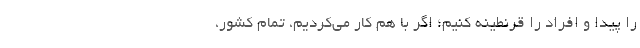
را پیدا و افراد را قرنطینه کنیم؛ اگر با هم کار می‌کردیم، تمام کشور،